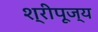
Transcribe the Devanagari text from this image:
श्रीपूज्य